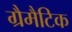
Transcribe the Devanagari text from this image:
ग्रैमैटिक